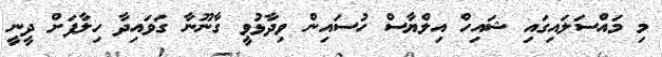
މި މައްސަލައިގައި ޝައިހް އިލްޔާސް ހުސައިން ވިދާޅުވީ ގާނޫނާ ގަވައިދާ ހިލާފަށް ދީނީ